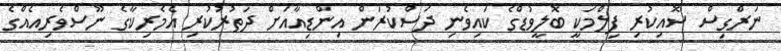
ނަރްގިސް ސޮއިކުރި ފިލްމަކީ ބޮލީވުޑްގެ ކައިވެނި ދަސްކުރަން އިންޑިއާއަށް ދަތުރުކުރި އެމެރިކާގެ ނޫސްވެރިއެއްގެ